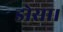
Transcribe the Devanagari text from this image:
डोसा।